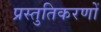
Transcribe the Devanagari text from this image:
प्रस्तुतिकरणों